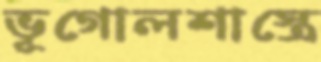
ভূগোলশাস্ত্রে